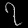
Digit: ၇